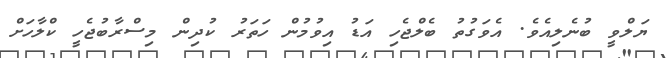
ޔަލްވީ ބުނެލިއެވެ. އެވަގުތު ބެލްޖެހި އަޑު އިވުމުން ހަތަރު ކުދިން މިސްރާބުޖެހީ ކްލާހަށް